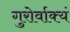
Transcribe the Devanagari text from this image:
गुरोर्वाक्यं